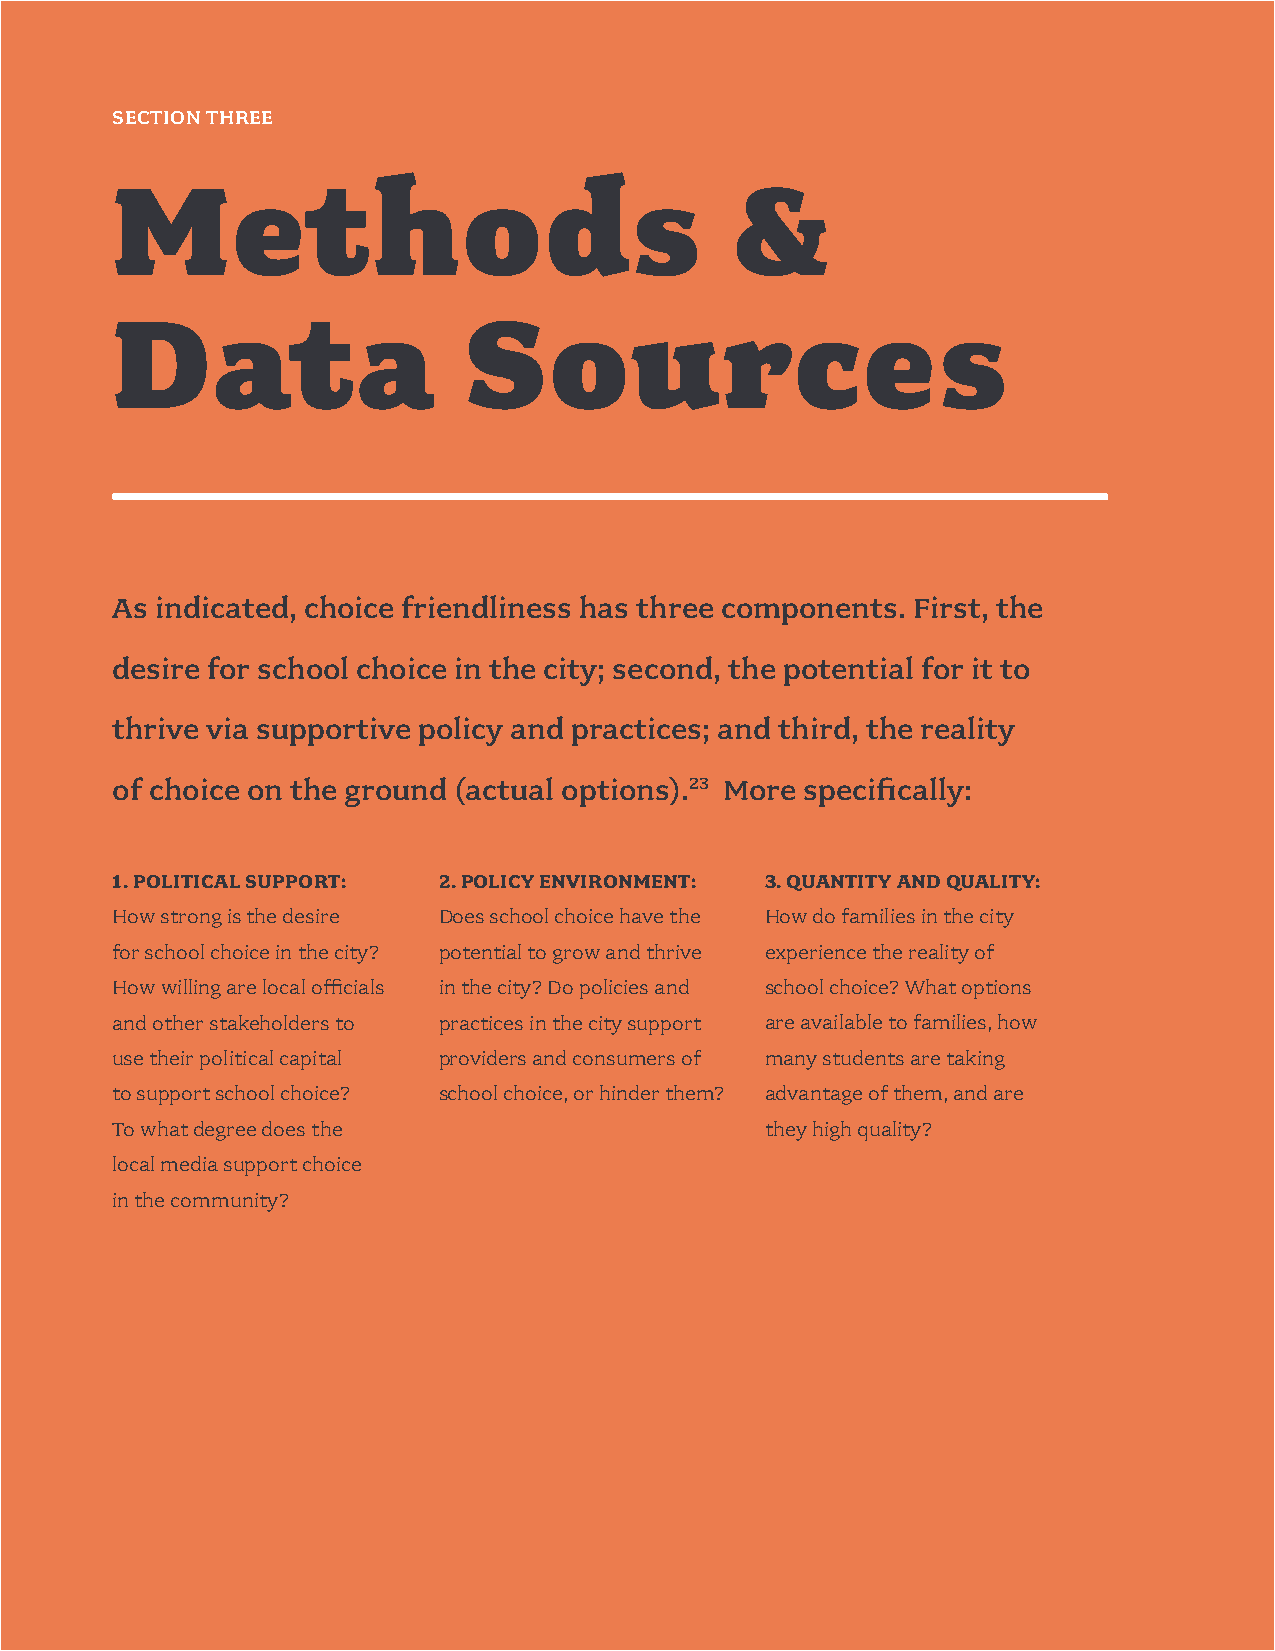
8
 SECTION THREE
 Methods                                   &
 Data                    Sources
 As indicated, choice friendliness has three components. First, the
 desire for school choice in the city; second, the potential for it to
 thrive via supportive policy and practices; and third, the reality
 of choice on the ground (actual options).23 More specifically:
 1. POLITICAL SUPPORT: 2. POLICY ENVIRONMENT: 3. QUANTITY AND QUALITY:
 How strong is the desire Does school choice have the How do families in the city
 for school choice in the city? potential to grow and thrive experience the reality of
 How willing are local officials in the city? Do policies and school choice? What options
 and other stakeholders to practices in the city support are available to families, how
 use their political capital providers and consumers of many students are taking
 to support school choice? school choice, or hinder them? advantage of them, and are
 To what degree does the                     they high quality?
 local media support choice
 in the community?